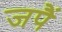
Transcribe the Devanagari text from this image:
जपैं